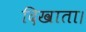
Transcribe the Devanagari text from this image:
दिखाता।